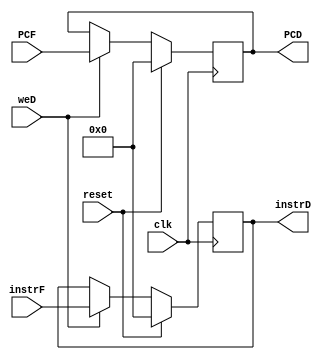
`timescale 1ns / 1ps
//////////////////////////////////////////////////////////////////////////////////
// Company: 
// Engineer: 
// 
// Design Name: 
// Module Name:    D 
// Project Name: 
// Target Devices: 
// Tool versions: 
// Description: 
//
// Dependencies: 
//
// Revision: 
// Revision 0.01 - File Created
// Additional Comments: 
//
//////////////////////////////////////////////////////////////////////////////////
module D(
	input clk,
	input reset,
	input weD,
	input [31:0] instrF,
	input [31:0] PCF,
	output reg [31:0] instrD,
	output reg [31:0] PCD
    );
	 
	always@(posedge clk)begin
		if(reset)begin
			instrD<=0;
			PCD<=0;
		end
		else begin
			if(weD)begin
				instrD<=instrF;
				PCD<=PCF;
			end
		end
	end

endmodule